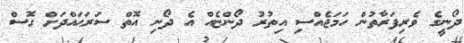
ދޯނީގެ ވެރިފަރާތުން ހަމަޖެއްސި އިތުރު ދޯންޏެއް އެ ދޯނި އޮތް ސަރަޙައްދަށް ގޮސް